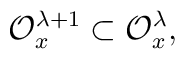
{\cal O}_{x}^{\lambda+1}\subset {\cal O}_{x}^{\lambda},